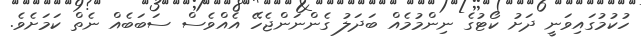
ހުކުމުގައިވަނީ ދަށު ކޯޓުގެ ނިންމުމެއް ބަދަލު ގެންނަންޖެހޭ އެއްވެސް ސަބަބެއް ނެތް ކަމަށެވެ.